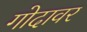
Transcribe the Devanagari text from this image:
गोदावर